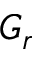
G _ { r }